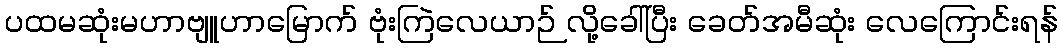
ပထမဆုံးမဟာဗျူဟာမြောက် ဗုံးကြဲလေယာဉ် လို့ခေါ်ပြီး ခေတ်အမီဆုံး လေကြောင်းရန်